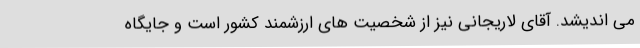
می اندیشد. آقای لاریجانی نیز از شخصیت های ارزشمند کشور است و جایگاه